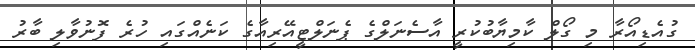
ގުއެޑިއޯރާ މި ގޯލް ކާމިޔާބުކުރީ އާސެނަލްގެ ޕެނަލްޓީއޭރިއާގެ ކަނެއްގައި ހުރެ ފޮނުވާލި ބާރު